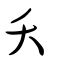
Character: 夭